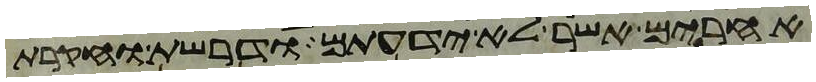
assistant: אחרים אשר לא ידעתם ודרשת וחקרת